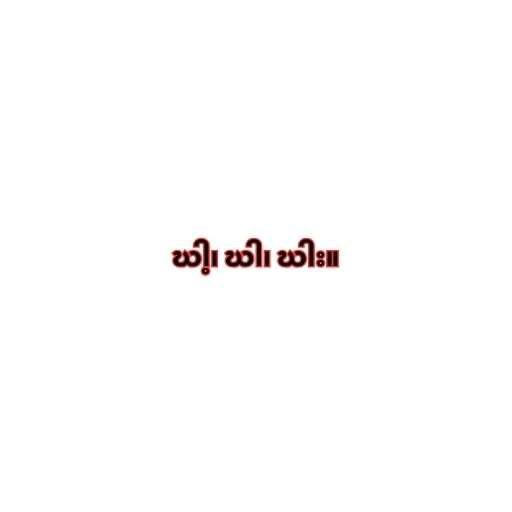
ဃါ့၊ ဃါ၊ ဃါး။